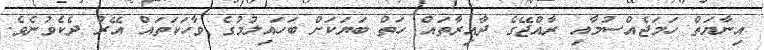
އިނާޔަތް ހަމަޖެއްސުމާއި ރާއްޖޭގެ ދާއިރާތައް ހަތް ބަޔަކަށް ބަހައިލުމުގެ ވާހަކަތައް އޭރު ދެކެވުނެވެ.